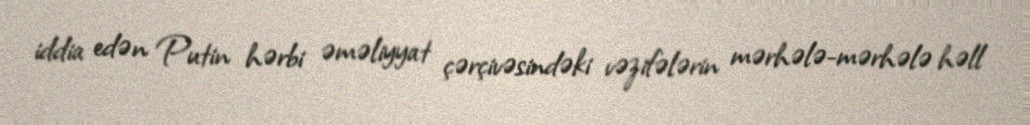
iddia edən Putin hərbi əməliyyat çərçivəsindəki vəzifələrin mərhələ-mərhələ həll